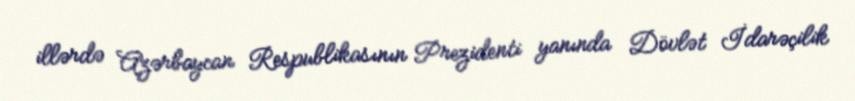
illərdə Azərbaycan Respublikasının Prezidenti yanında Dövlət İdarəçilik